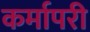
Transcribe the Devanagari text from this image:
कर्मापरी